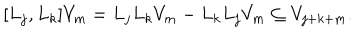
LaTeX: [ L _ { j } , L _ { k } ] V _ { m } = L _ { j } L _ { k } V _ { m } - L _ { k } L _ { j } V _ { m } \subseteq V _ { j + k + m } .